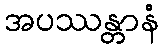
အပဿန္တာနံ